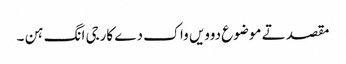
مقصد تے موضوع دوویں واک دے کارجی انگ ہن ۔